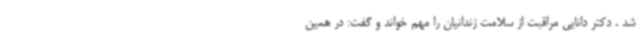
شد . دکتر دانایی مراقبت از سلامت زندانیان را مهم خواند و گفت: در همین